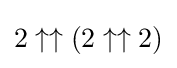
2\uparrow \uparrow (2\uparrow \uparrow 2)